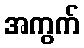
အကွက်